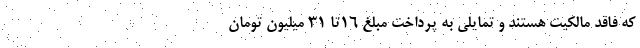
که فاقد مالکیت هستند و تمایلی به پرداخت مبلغ ۱۶تا ۳۱ میلیون تومان